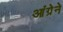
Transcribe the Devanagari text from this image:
आंग्रेने